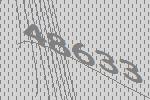
48633